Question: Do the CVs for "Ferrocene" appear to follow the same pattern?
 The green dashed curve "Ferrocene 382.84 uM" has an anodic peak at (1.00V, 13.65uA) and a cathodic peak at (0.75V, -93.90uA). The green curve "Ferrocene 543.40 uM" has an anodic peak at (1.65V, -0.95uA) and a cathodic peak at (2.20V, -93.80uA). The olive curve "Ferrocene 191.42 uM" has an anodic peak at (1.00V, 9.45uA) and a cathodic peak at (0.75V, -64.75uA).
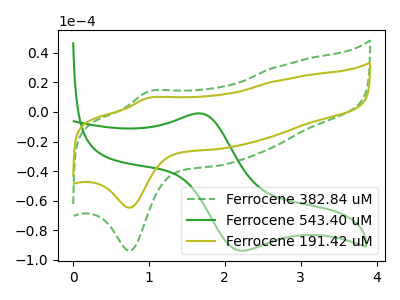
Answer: <think>"Ferrocene 382.84 uM" and "Ferrocene 543.40 uM" have at least one peak that do not match. All the peaks in "Ferrocene 382.84 uM" have a peak in "Ferrocene 191.42 uM" at the same potential. Every peak in "Ferrocene 382.84 uM" is higher than every peak in "Ferrocene 191.42 uM". "Ferrocene 543.40 uM" and "Ferrocene 191.42 uM" have at least one peak that do not match.
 </think>
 <answer>All the CV's of "Ferrocene" have similar shape.</answer>
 <eval>follow_rule</eval>